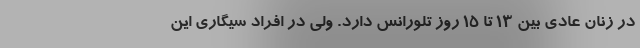
در زنان عادی بین ۱۳ تا ۱۵ روز تلورانس دارد. ولی در افراد سیگاری این